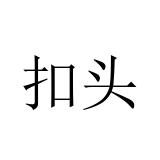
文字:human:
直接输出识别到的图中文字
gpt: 扣头